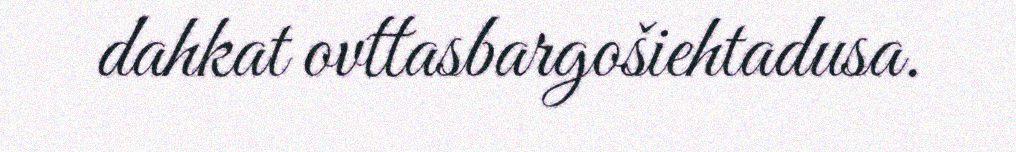
dahkat ovttasbargošiehtadusa.